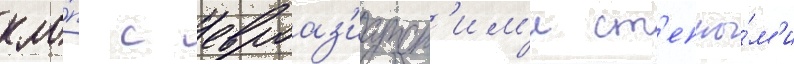
кло́п с евроаз'иатск'им'и ст'епны́м'и